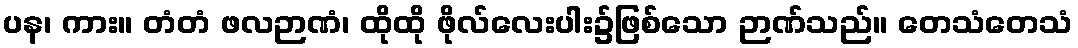
ပန၊ ကား။ တံတံ ဖလဉာဏံ၊ ထိုထို ဖိုလ်လေးပါး၌ဖြစ်သော ဉာဏ်သည်။ တေသံတေသံ